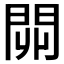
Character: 𨳹